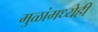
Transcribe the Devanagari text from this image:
मुळांमध्येही